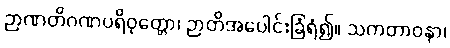
ဉာဏတိဂဏပရိဝုတ္တော၊ ဉာတိအပေါင်းခြံရံ၍။ သကတာဝနာ၊